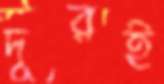
দূরই